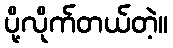
ပို့လိုက်တယ်တဲ့။